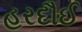
હરદૌઈ